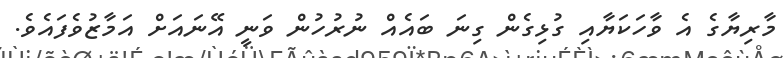
މާރިޔާގެ އެ ވާހަކަޔާއި ގުޅިގެން ގިނަ ބައެއް ނުރުހުން ވަނީ އޭނައަށް އަމާޒުވެފައެވެ.